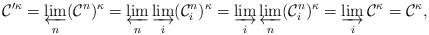
LaTeX: \begin{align*}\mathcal C'^\kappa = \varprojlim_n (\mathcal C^n)^\kappa = \varprojlim_n \varinjlim_i (\mathcal C_i^n)^\kappa = \varinjlim_i \varprojlim_n (\mathcal C_i^n)^\kappa = \varinjlim_i \mathcal C^\kappa = \mathcal C^\kappa,\end{align*}